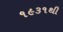
૧૯૩૧થી